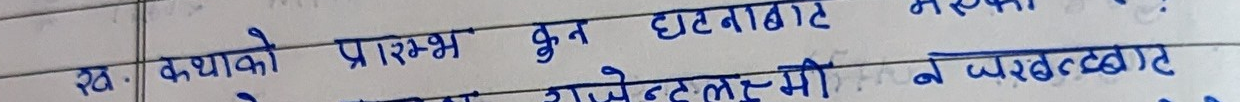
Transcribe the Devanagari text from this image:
ख. कथाको प्रारम्भ कुन घटनाबाट
न जखरबदबाट